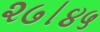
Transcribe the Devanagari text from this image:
२७।४५